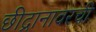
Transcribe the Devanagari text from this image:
छीद्रानावरची